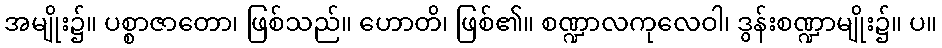
အမျိုး၌။ ပစ္စာဇာတော၊ ဖြစ်သည်။ ဟောတိ၊ ဖြစ်၏။ စဏ္ဍာလကုလေဝါ၊ ဒွန်းစဏ္ဍာမျိုး၌။ ပ။